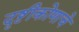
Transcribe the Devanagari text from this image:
दृष्टीकोणाचे